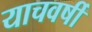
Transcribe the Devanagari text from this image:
याचवर्षी